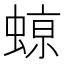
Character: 𮔥